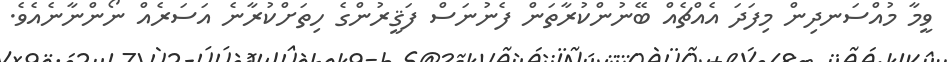
ވީމާ މުއްސަނދިން މިފަދަ އެއްޗެއް ބޭނުންކުރާތަން ފެނުނަސް ފަޤީރުންގެ ހިތަށްކުރާނެ އަސަރެއް ނޯންނާނެއެވެ.